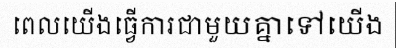
ពេលយើងធ្វើការជាមួយគ្នាទៅយើង